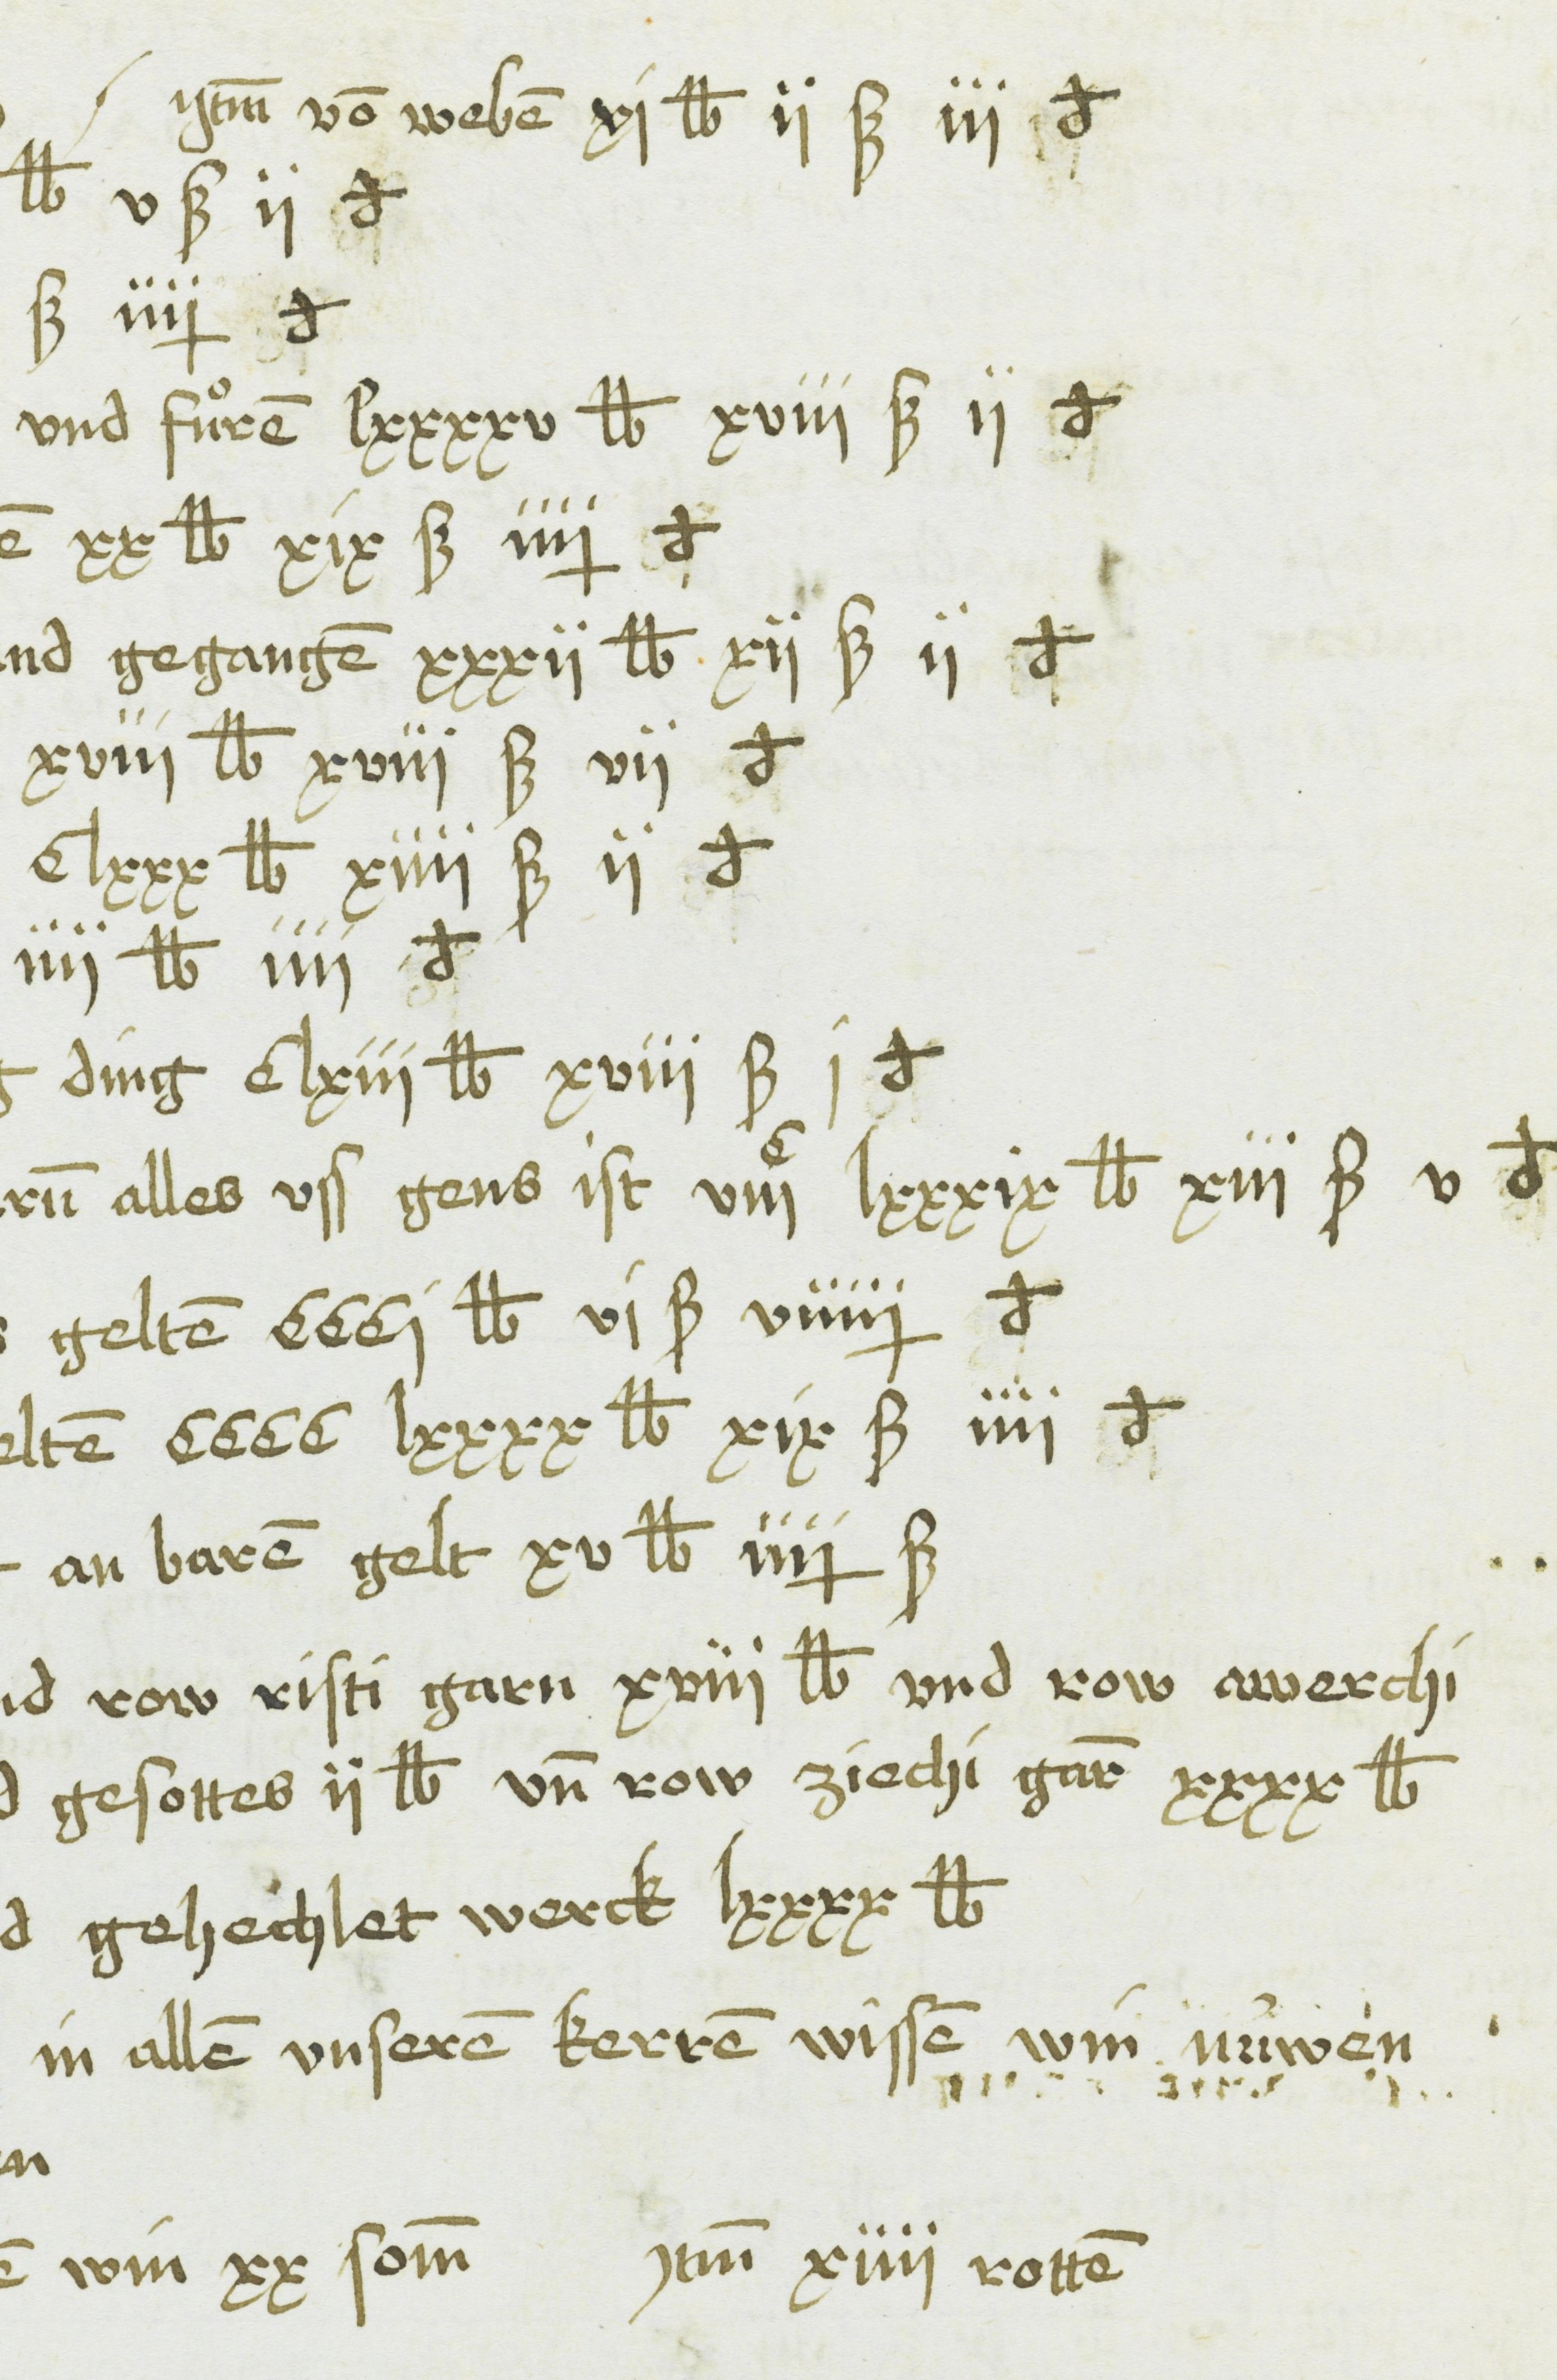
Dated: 1481–1528